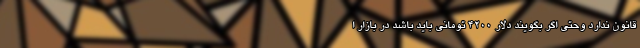
قانون ندارد وحتی اگر بگویند دلار ۴۲۰۰ تومانی باید باشد در بازار ا